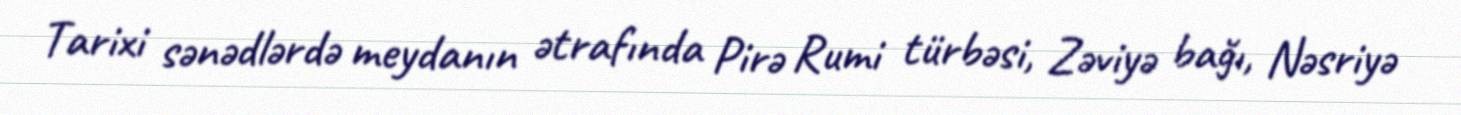
Tarixi sənədlərdə meydanın ətrafında Pirə Rumi türbəsi, Zəviyə bağı, Nəsriyə